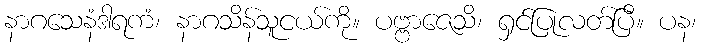
နာဂသေနံဒါရကံ၊ နာဂသိန်သူငယ်ကို။ ပဗ္ဗာဇေသိ၊ ရှင်ပြုလတ်ပြီ။ ပန၊